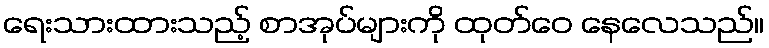
ရေးသားထားသည့် စာအုပ်များကို ထုတ်ဝေ နေလေသည်။